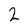
Character: 2